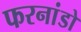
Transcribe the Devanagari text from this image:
फरनांडो